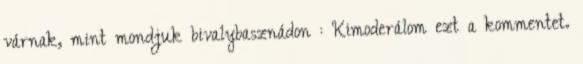
várnak, mint mondjuk bivalybasznádon : Kimoderálom ezt a kommentet.